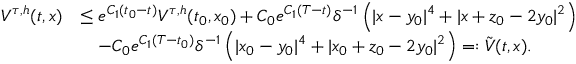
\begin{array} { r l } { V ^ { \tau , h } ( t , x ) } & { \leq e ^ { C _ { 1 } ( t _ { 0 } - t ) } V ^ { \tau , h } ( t _ { 0 } , x _ { 0 } ) + C _ { 0 } e ^ { C _ { 1 } ( T - t ) } \delta ^ { - 1 } \left( | x - y _ { 0 } | ^ { 4 } + | x + z _ { 0 } - 2 y _ { 0 } | ^ { 2 } \right) } \\ & { \quad - C _ { 0 } e ^ { C _ { 1 } ( T - t _ { 0 } ) } \delta ^ { - 1 } \left( | x _ { 0 } - y _ { 0 } | ^ { 4 } + | x _ { 0 } + z _ { 0 } - 2 y _ { 0 } | ^ { 2 } \right) = : \tilde { V } ( t , x ) . } \end{array}